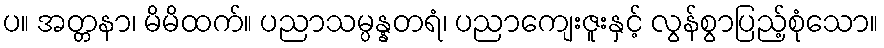
ပ။ အတ္တနာ၊ မိမိထက်။ ပညာသမ္ပန္နတရံ၊ ပညာကျေးဇူးနှင့် လွန်စွာပြည့်စုံသော။